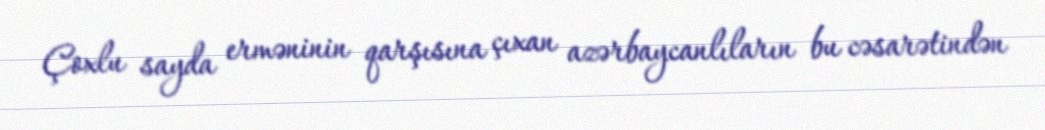
Çoxlu sayda erməninin qarşısına çıxan azərbaycanlıların bu cəsarətindən